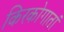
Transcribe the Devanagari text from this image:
किरकोगातां